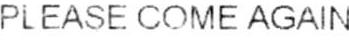
PLEASE COME AGAIN